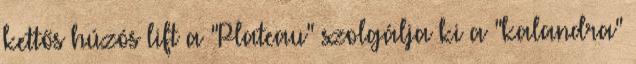
kettős húzós lift a "Plateau" szolgálja ki a "kalandra"